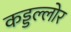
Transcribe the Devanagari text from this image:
कड्डल्लोर